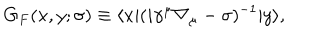
LaTeX: G _ { F } ( x , y ; \sigma ) \equiv \langle x | ( i \gamma ^ { \mu } \nabla _ { \mu } - \sigma ) ^ { - 1 } | y \rangle ,